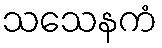
သသေနကံ